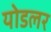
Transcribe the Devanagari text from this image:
योडलर